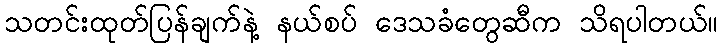
သတင်းထုတ်ပြန်ချက်နဲ့ နယ်စပ် ဒေသခံတွေဆီက သိရပါတယ်။